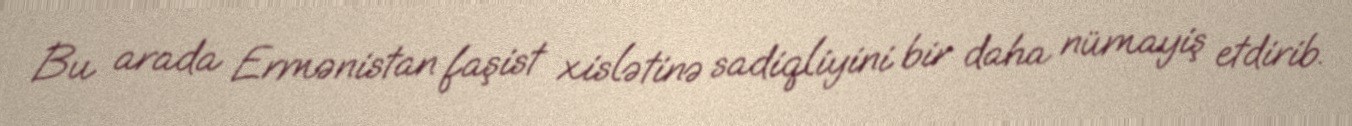
Bu arada Ermənistan faşist xislətinə sadiqliyini bir daha nümayiş etdirib.